Scottish Leaving Certificate Examination, 1960
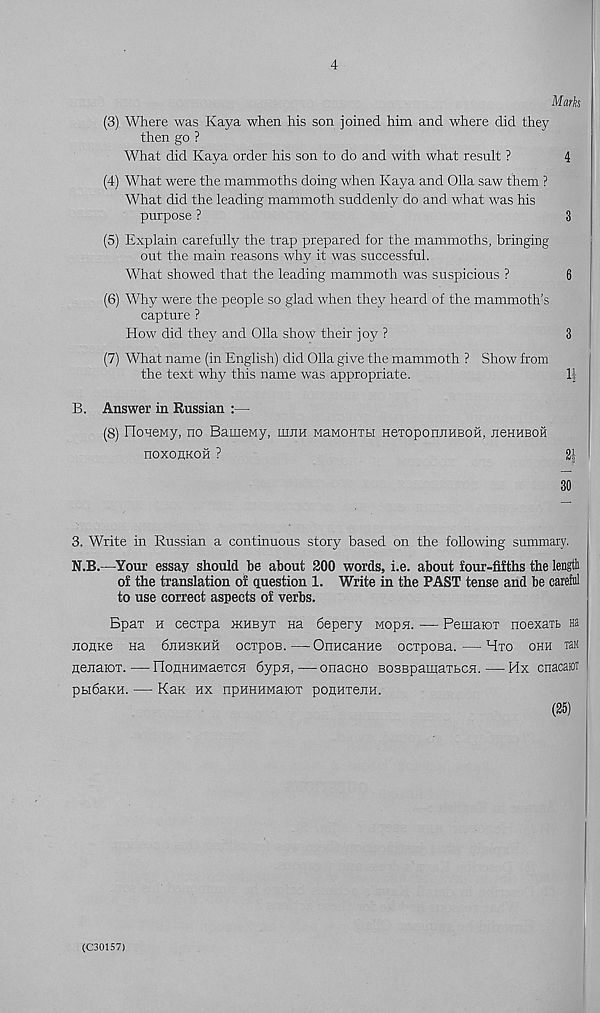
4
Mark
(3) Where was Kaya when his son joined him and where did they
then go ?
What did Kaya order his son to do and with what result ?
4
(4) What were the mammoths doing when Kaya and Olla saw them ?
What did the leading mammoth suddenly do and what was his
purpose ?
3
(5) Explain carefully the trap prepared for the mammoths, bringing
out the main reasons why it was successful.
What showed that the leading mammoth was suspicious ?
6
(6) Why were the people so glad when they heard of the mammoth’s
capture ?
How did they and Olla show their joy ?
3
(7) What name (in English) did Olla give the mammoth ? Show from
the text why this name was appropriate.
If
B. Answer in Russian :—
(8) rioneMy, no BameMy, uijih msmohth HeTopomiHBOH, neHHBOH
noxonKon ?
2j
30
3. Write in Russian a continuous story based on the following summary.
N.B.—Your essay should be about 200 words, i.e. about four-fifths the lengti
of the translation of question 1. Write in the PAST tense and be eareiul
to use correct aspects of verbs.
Bpax h cecxpa JKHByx he 6epery Mopn. — Pemaiox noexaxb Ha
jionKe aa dnasKaa ocxpoB.—OnacaHae ocxposa.—Hxo ohh tem
nenaiox.—FIonHHMaexcn 6ypa,—onacao BosBpamaxbca.—Hx cnacaioT
pbidaKH. — Kaa hx npaaHMaiox ponnxerm.
(25)
(C30157)